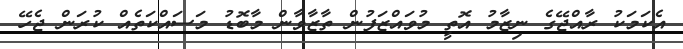
އެކަމަކު ރާއްޖޭގެ ނިޒާމު އޮތީ މުވައްޒަފުން ތާޒާވާން މާބޮޑު މަސައްކަތެއް ކުރަން ޖެހޭ